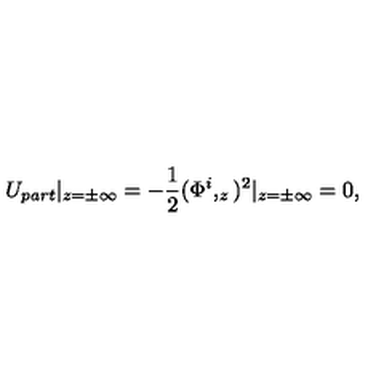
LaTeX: U _ { p a r t } \vert _ { z = \pm \infty } = - \frac 1 2 ( \Phi ^ { i } , _ { z } ) ^ { 2 } \vert _ { z = \pm \infty } = 0 ,